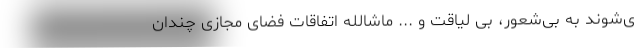
ی‌شوند به بی‌شعور، بی لیاقت و ... ماشالله اتفاقات فضای مجازی چندان